Vital statistics of India. Vol. IV, Annual returns from 1871 to 1876. British Army of India, Native Army and jails of Bengal
Year: 1871
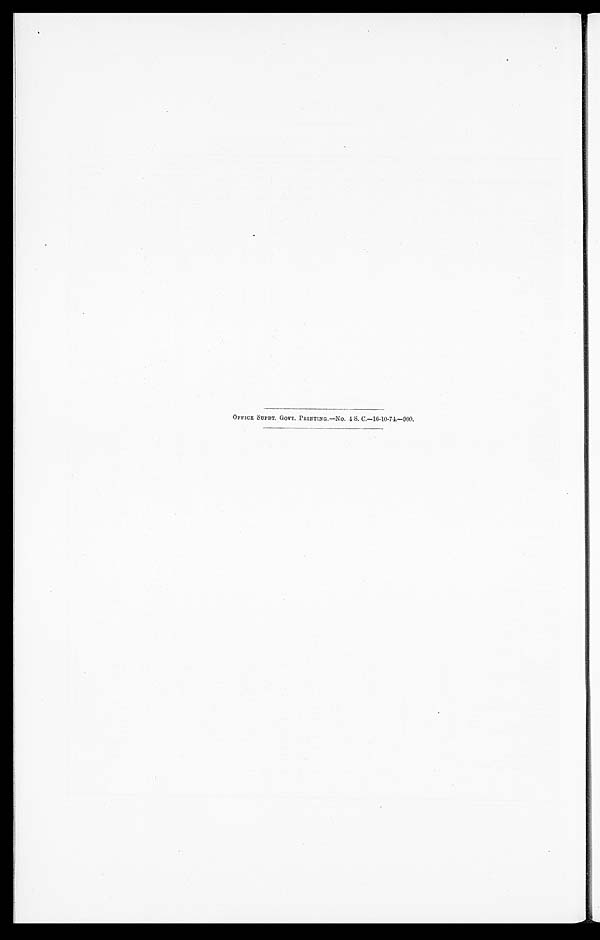
OFFICE SUPDT. GOVT. PRINTING.—NO. 4 S. C.—16-10-74—900.